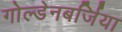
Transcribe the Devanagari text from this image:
गोल्डेनबर्जिया